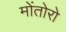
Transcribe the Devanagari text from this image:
मोंतोरो